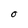
Character: o